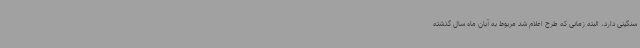
سنگینی دارد، البته زمانی که طرح اعلام شد مربوط به آبان ماه سال گذشته